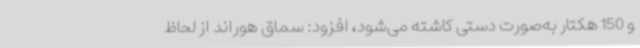
و 150 هکتار به‌صورت دستی کاشته می‌شود، افزود: سماق هوراند از لحاظ